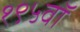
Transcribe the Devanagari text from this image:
१९५वॉ